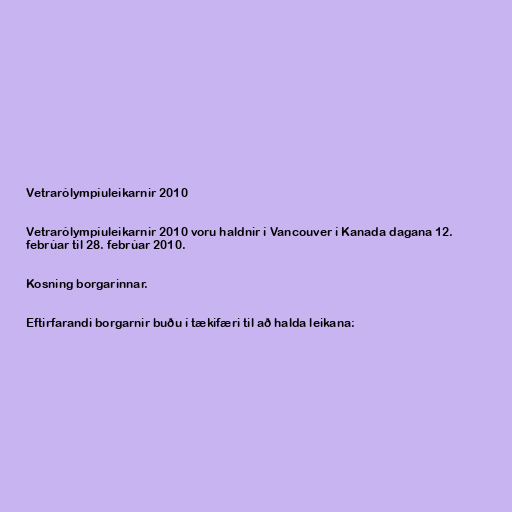
Vetrarólympíuleikarnir 2010

Vetrarólympíuleikarnir 2010 voru haldnir í Vancouver í Kanada dagana 12.
febrúar til 28. febrúar 2010.

Kosning borgarinnar.

Eftirfarandi borgarnir buðu í tækifæri til að halda leikana: